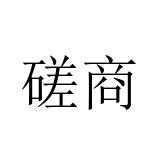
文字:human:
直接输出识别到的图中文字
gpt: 磋商